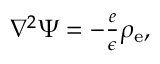
\begin{array} { r } { \nabla ^ { 2 } \Psi = - \frac { e } { \epsilon } \rho _ { \mathrm { e } } , } \end{array}